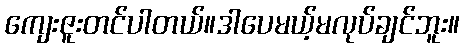
ကျေးဇူးတင်ပါတယ်။ဒါပေမယ့်မလုပ်ချင်ဘူး။